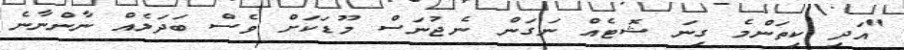
"އަދި ކިތަންމެ ގިނަ ޝޮޓެއް ނަގަން ނެޖުނަސް މޫޑަކަށް ވެސް ބަދަލެއް ނާންނާނެ